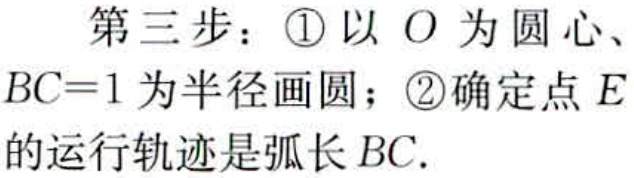
第三步：\textcircled{1}以 \(O\) 为圆心、\(BC = 1\)为半径画圆；\textcircled{2}确定点 \(E\)的运行轨迹是弧长 \(BC\).